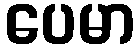
ပေမာ